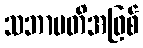
သဘာပတိအဖြစ်